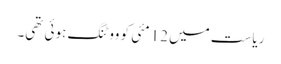
ریاست میں 12 مئی کو ووٹنگ ہوئی تھی۔